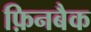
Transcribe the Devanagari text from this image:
फ़िनबैक